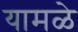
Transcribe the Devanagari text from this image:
यामळे